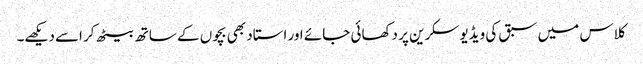
کلاس میں سبق کی ویڈیو سکرین پر دکھائی جائے اور استاد بھی بچوں کے ساتھ بیٹھ کر اسے دیکھے۔